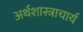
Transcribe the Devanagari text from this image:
अर्थशास्त्राचार्य